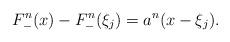
LaTeX: \begin{align*}F_-^n(x)-F_-^n(\xi_j)=a^n(x-\xi_j).\end{align*}